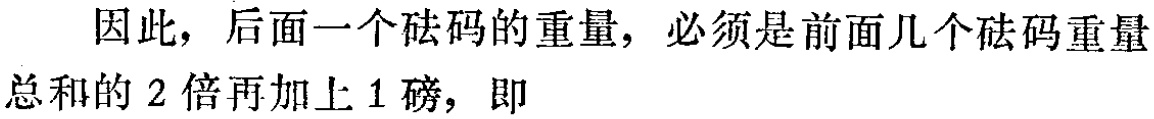
因此，后面一个砝码的重量，必须是前面几个砝码重量总和的 2 倍再加上 1 磅，即